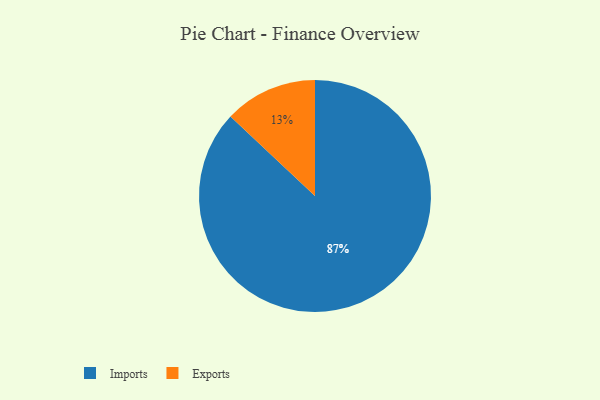
{"axis": {"x": "Category", "y": "Percentage"}, "legend": ["Exports", "Imports"], "data": [{"x": "Exports", "y": 13, "type": "Exports"}, {"x": "Imports", "y": 87, "type": "Imports"}]}